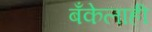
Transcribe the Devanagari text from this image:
बँकेलाही